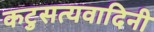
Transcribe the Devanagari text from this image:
कटुसत्यवादिनी